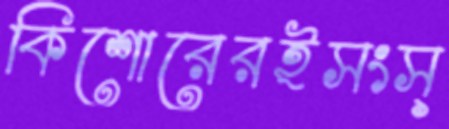
কিশোরেরইসংস্